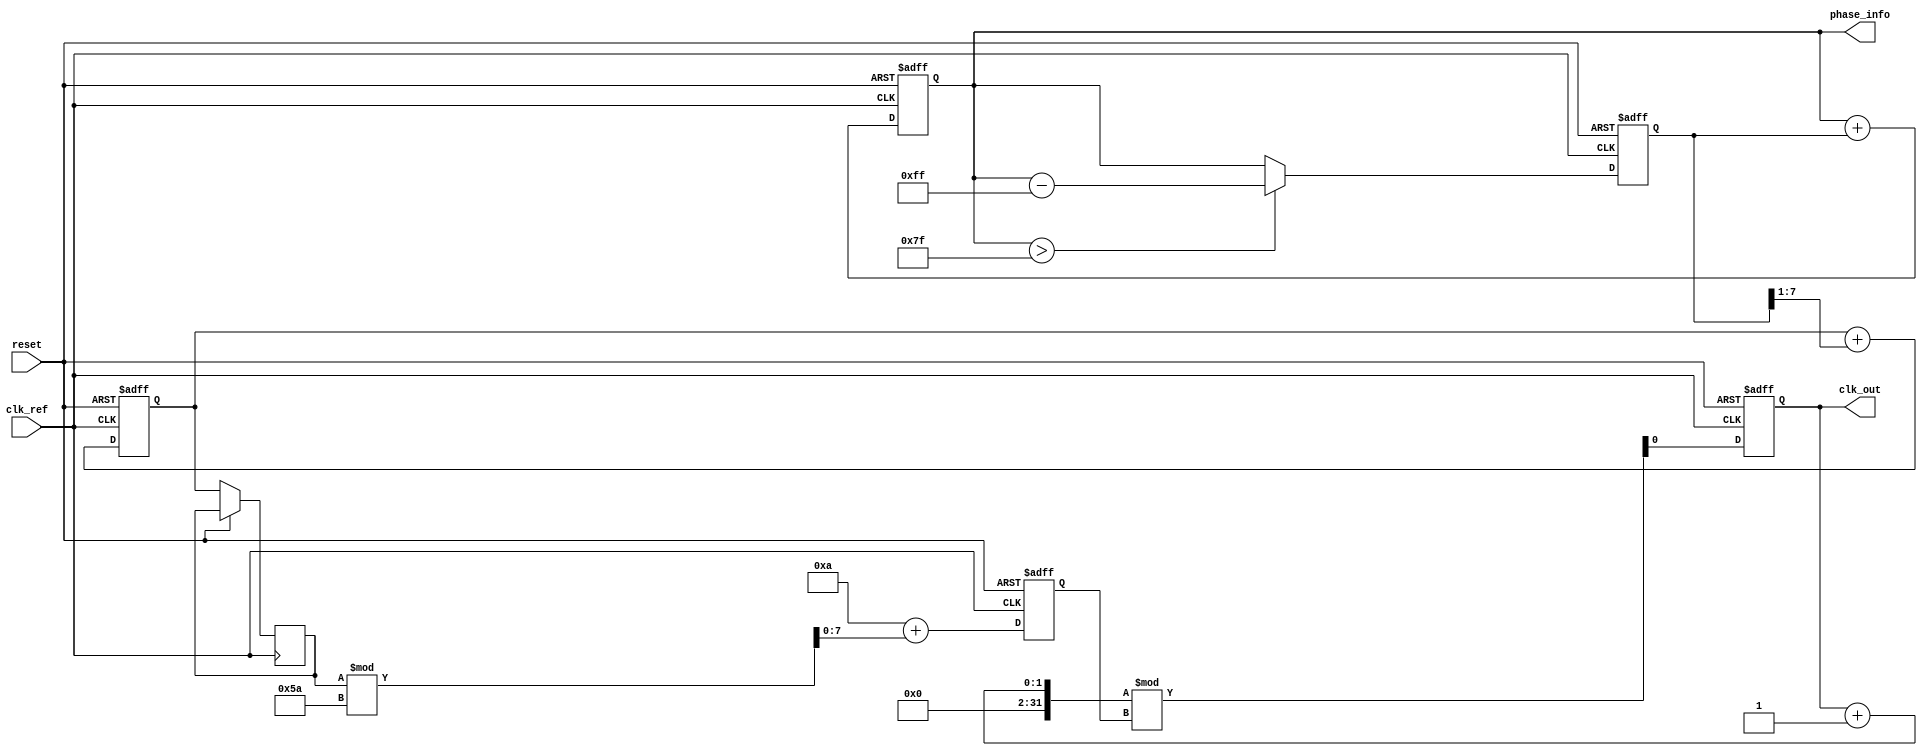
module MemoryBlocksAnalogPLL (
    input wire clk_ref,         // Reference clock input
    input wire reset,           // Reset signal
    output reg clk_out,         // Output clock
    output reg [7:0] phase_info // Memory block for phase information
);

    // Parameters
    parameter VCO_MAX_FREQ = 100; // Maximum frequency for VCO
    parameter VCO_MIN_FREQ = 10;   // Minimum frequency for VCO
    parameter PHASE_MAX = 255;      // Maximum phase difference value

    // Internal signals
    reg [7:0] phase_error;         // Phase error signal from PD
    reg [7:0] control_voltage;      // Control voltage for VCO
    reg [7:0] vco_frequency;        // Current frequency of VCO
    reg [7:0] loop_filter_output;   // Output of the loop filter

    // Phase Detector (PD)
    always @(posedge clk_ref or posedge reset) begin
        if (reset) begin
            phase_error <= 0;
        end else begin
            // Simple phase comparison logic (for demonstration)
            // In a real implementation, this would be more complex
            phase_error <= (phase_info > PHASE_MAX / 2) ? (phase_info - PHASE_MAX) : phase_info;
        end
    end

    // Loop Filter (LF)
    always @(posedge clk_ref or posedge reset) begin
        if (reset) begin
            loop_filter_output <= 0;
        end else begin
            // Simple first-order filter for demonstration
            loop_filter_output <= loop_filter_output + (phase_error >> 1); // Low-pass filter
            control_voltage <= loop_filter_output;
        end
    end

    // Voltage-Controlled Oscillator (VCO)
    always @(posedge clk_ref or posedge reset) begin
        if (reset) begin
            vco_frequency <= VCO_MIN_FREQ;
            clk_out <= 0;
        end else begin
            // Adjust VCO frequency based on control voltage
            vco_frequency <= VCO_MIN_FREQ + (control_voltage % (VCO_MAX_FREQ - VCO_MIN_FREQ));
            // Generate output clock based on VCO frequency
            clk_out <= (clk_out + 1) % vco_frequency; // Simplified clock generation
        end
    end

    // Memory Block for Phase Information
    always @(posedge clk_ref or posedge reset) begin
        if (reset) begin
            phase_info <= 0;
        end else begin
            // Store phase information (for demonstration)
            phase_info <= phase_info + phase_error; // Update phase info based on error
        end
    end

endmodule